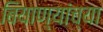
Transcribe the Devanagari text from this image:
बियाण्यांच्या